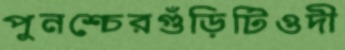
পুনশ্চেরগুঁড়িটিওদী